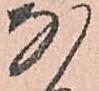
な